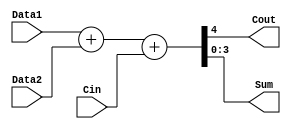
module Add4 (				//module and name 

  input [3:0] Data1, Data2,		// I. Port Declarations 

  input Cin, 

  output Cout, 

  output wire [3:0] Sum ); 

 

  assign {Cout, Sum} = Data1 + Data2 + Cin; 

   

endmodule